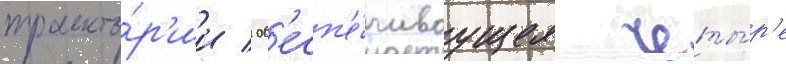
траекто́р'ии / об'есп'е́чиваущее четы́р'е